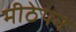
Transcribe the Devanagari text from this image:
मीठेपन